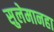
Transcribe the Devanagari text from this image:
सुलेमानहा